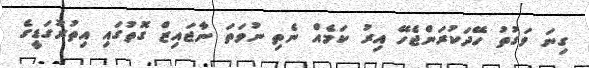
ގިނަ ވަގުތު ހޭދަކުރަންޖެހޭ އިރު ކަމެއް ނެތި ނުވަތަ ނާޖައިޒް ގޮތުގައި އިތުރުގަޑީގެ